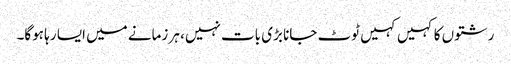
رشتوں کا کہیں کہیں ٹوٹ جانا بڑی بات نہیں، ہر زمانے میں ایسا رہا ہوگا۔